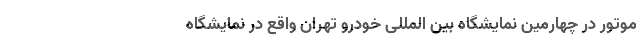
موتور در چهارمین نمایشگاه بین المللی خودرو تهران واقع در نمایشگاه